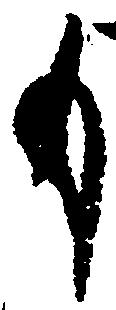
も